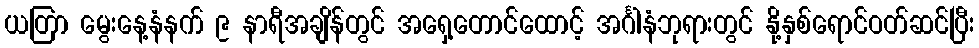
ယတြာ မွေးနေ့နံနက် ၉ နာရီအချိန်တွင် အရှေ့တောင်ထောင့် အင်္ဂါနံဘုရားတွင် နို့နှစ်ရောင်ဝတ်ဆင်ပြီး